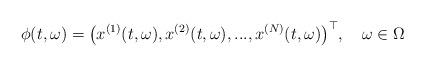
LaTeX: \begin{align*}\phi(t,\omega )=\big(x^{(1)}(t,\omega ),x^{(2)}(t,\omega ),...,x^{(N)}(t,\omega )\big)^{\top},\quad\omega \in \Omega\end{align*}